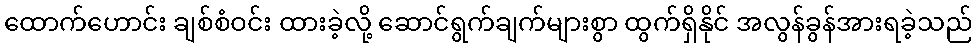
ထောက်ဟောင်း ချစ်စံဝင်း ထားခဲ့လို့ ဆောင်ရွက်ချက်များစွာ ထွက်ရှိနိုင် အလွန်ခွန်အားရခဲ့သည်